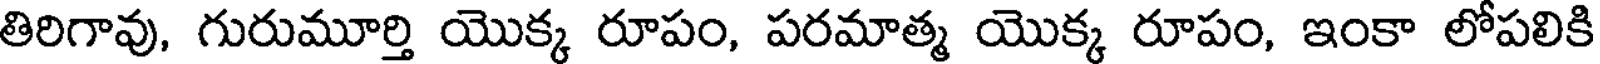
తిరిగావు, గురుమూర్తి యొక్క రూపం, పరమాత్మ యొక్క రూపం, ఇంకా లోపలికి